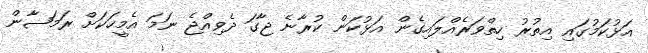
އަޅުކަމުގައި އިތުރު ހިތްވަރެއްލައިގެން އަޅުކަން ކުރާނެ ޖާގަ ދެވިއްޖެ ނަމަ އެމީހަކަށް ރަމަޟާން